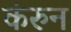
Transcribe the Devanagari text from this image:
कंरुन